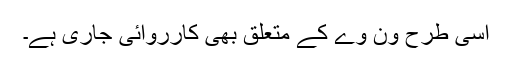
اسی طرح ون وے کے متعلق بھی کارروائی جاری ہے۔